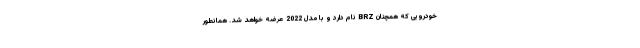
خودرویی که همچنان BRZ نام دارد و با مدل 2022 عرضه خواهد شد. همانطور